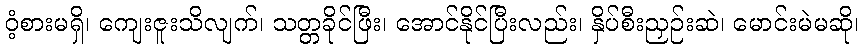
ဝံ့စားမရှိ၊ ကျေးဇူးသိလျက်၊ သတ္တခိုင်ဖြီး၊ အောင်နိုင်ပြီးလည်း၊ နှိပ်စီးညှဉ်းဆဲ၊ မောင်းမဲမဆို၊